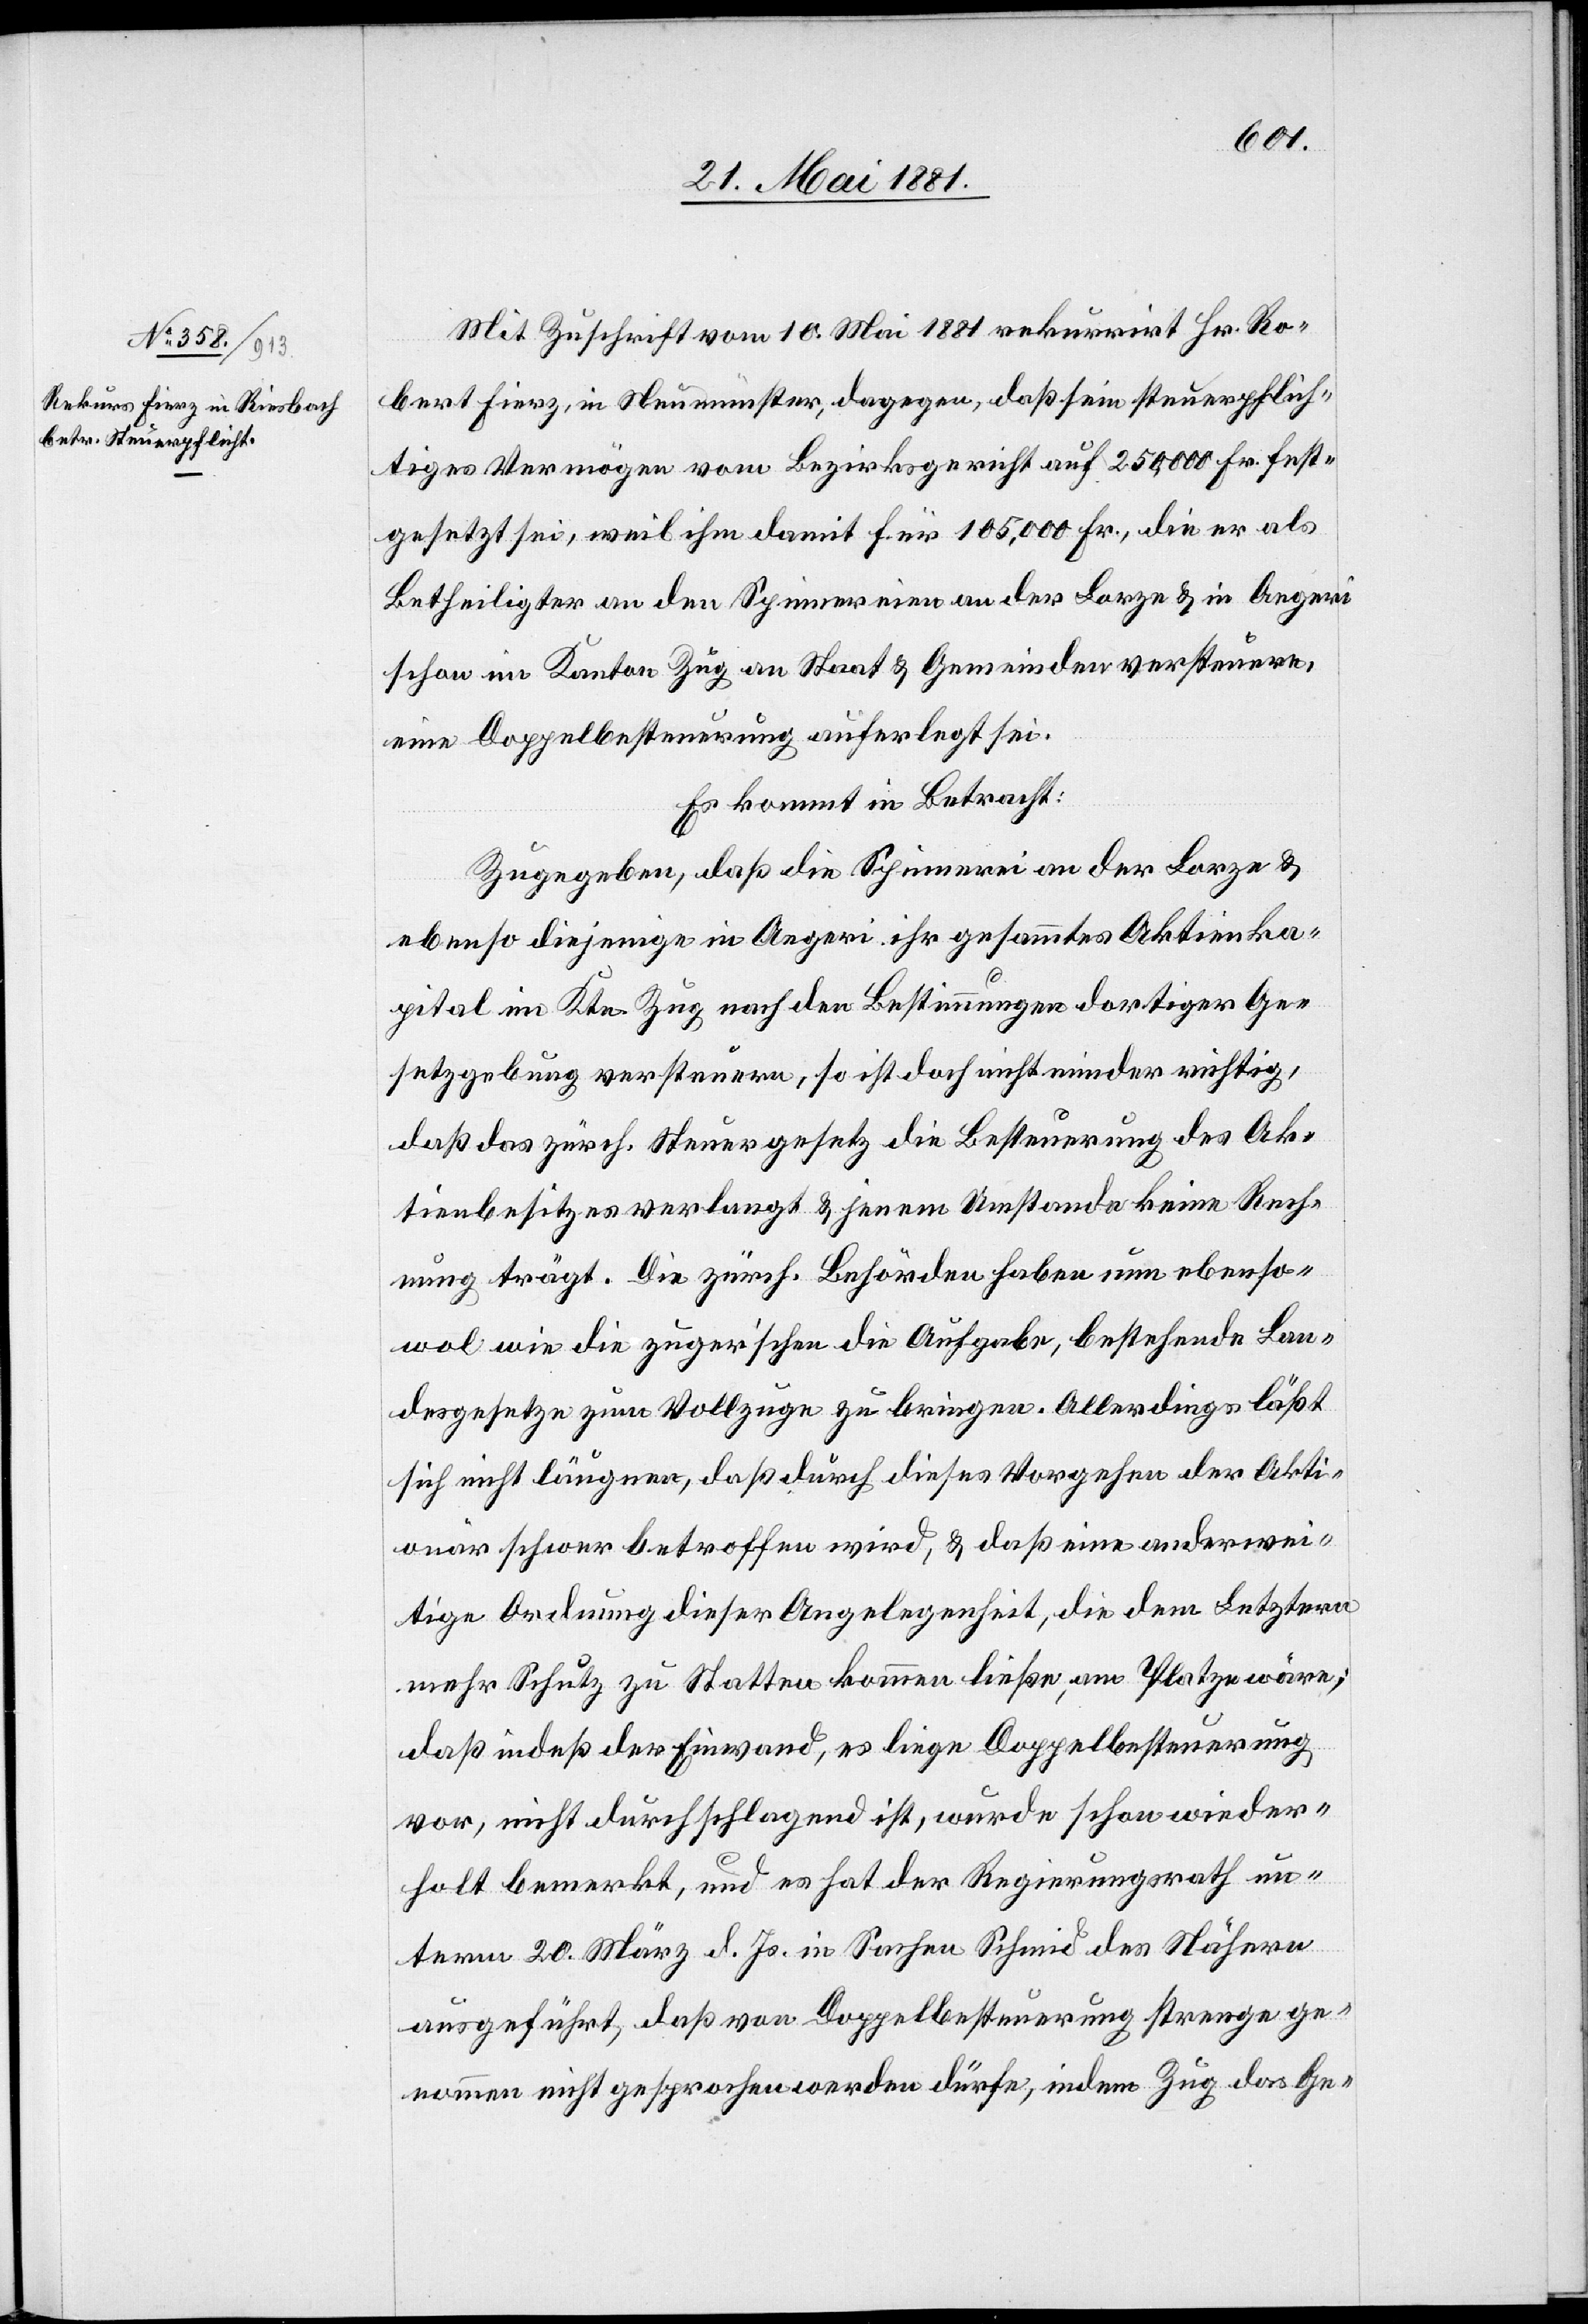
Mit Zuschrift vom 10. Mai 1881 rekurrirt Hr. Ro¬
bert Fierz, in Neumünster, dagegen, daß sein steuerpflich¬
tiges Vermögen vom Bezirksgericht auf 250,000 Fr. fest¬
gesetzt sei, weil ihm damit für 105,000 Fr., die er als
Betheiligter an den Spinnereien an der Lorze & in Aegeri
schon im Kanton Zug an Staat & Gemeinden versteuert,
eine Doppelbesteuerung auferlegt sei.
Es kommt in Betracht:
Zugegeben, daß die Spinnerei an der Lorze &
ebenso diejenige in Aegeri ihr gesammtes Aktienka¬
pital im Ktn. Zug nach den Bestimmungen dortiger Ge¬
setzgebung versteuern, so ist doch nicht minder richtig,
daß das zürch. Steuergesetz die Besteuerung des Ak¬
tienbesitzes verlangt & jenem Umstande keine Rech¬
nung trägt. Die zürch. Behörden haben nun ebenso¬
wol wie die zuger’schen die Aufgabe, bestehende Lan¬
desgesetze zum Vollzuge zu bringen. Allerdings läßt
sich nicht läugnen, daß durch dieses Vorgehen der Akti¬
onär schwer betroffen wird, & daß eine anderwei¬
tige Ordnung dieser Angelegenheit, die dem Letztern
mehr Schutz zu Statten kommen ließe, am Platze wäre;
daß indeß der Einwand, es liege Doppelbesteuerung
vor, nicht durchschlagend ist, wurde schon wieder¬
holt bemerkt, und es hat der Regierungsrath un¬
term 20. März d. Js. in Sachen Schmid des Nähern
ausgeführt, daß von Doppelbesteuerung strenge ge¬
nommen nicht gesprochen werden dürfe, indem Zug das Ge-